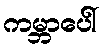
ကမ္ဘာပေါ်